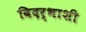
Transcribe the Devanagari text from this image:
विदर्भाशी